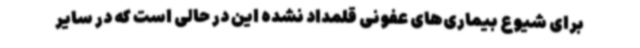
برای شیوع بیماری‌های عفونی قلمداد نشده این در حالی است که در سایر